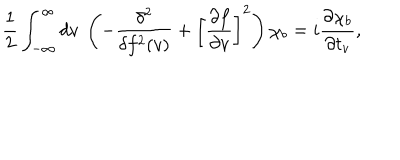
\frac { 1 } { 2 } \int _ { - \infty } ^ { \infty } d v \ \left( - \frac { \delta ^ { 2 } } { \delta f ^ { 2 } ( v ) } + \left[ \frac { \partial f } { \partial v } \right] ^ { 2 } \right) \chi _ { b } = i \frac { \partial \chi _ { b } } { \partial t _ { v } } ,